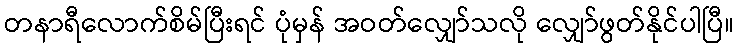
တနာရီလောက်စိမ်ပြီးရင် ပုံမှန် အဝတ်လျှော်သလို လျှော်ဖွတ်နိုင်ပါပြီ။